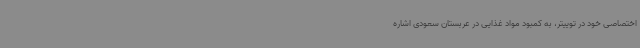
اختصاصی خود در توییتر، به کمبود مواد غذایی در عربستان سعودی اشاره